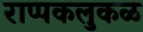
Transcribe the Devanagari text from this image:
राप्पकलुकळ